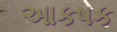
આકષક